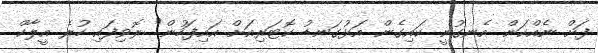
ފަށް ނެއްކަން އެނގުނީ ކައިގެން އަޅުގަނޑު ކޮޓަރިއަށް އައިފަހުން" ރޮވިފައި ހުރެ އީލާކް